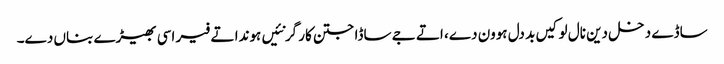
ساڈے دخل دین نال لوکیں بد دل ہوون دے، اتے جے ساڈا جتن کار گر نئیں ہوندا تے فیر اسی بھیڑے بناں دے۔